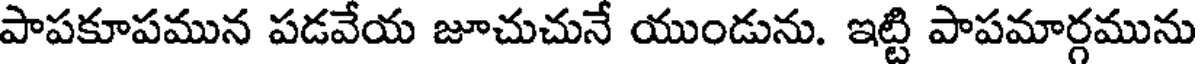
పాపకూపమున పడవేయ జూచుచునే యుండును. ఇట్టి పాపమార్గమును